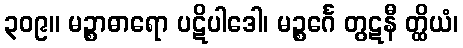
၃၀၉။ မဉ္စာဓာရော ပဋိပါဒေါ၊ မဉ္စင်္ဂေ တွဋနီ တ္ထိယံ၊